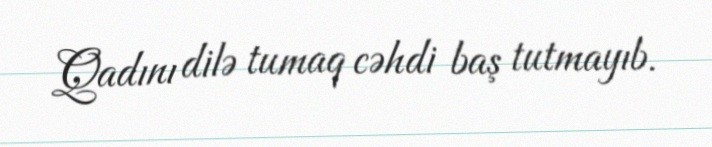
Qadını dilə tumaq cəhdi baş tutmayıb.